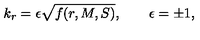
k _ { r } = \epsilon \sqrt { f ( r , M , S ) } , \qquad \epsilon = \pm 1 ,